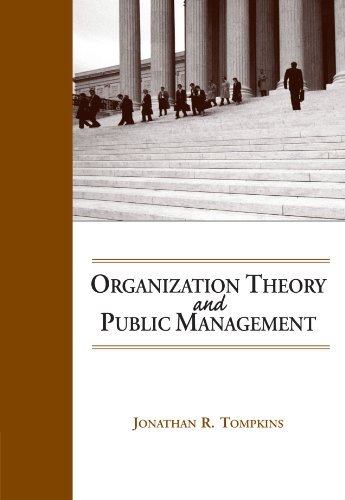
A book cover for Organization Theory and Public Management; Jonathan R. Tompkins; Business & Money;